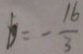
b = - \frac { 1 6 } { 3 }